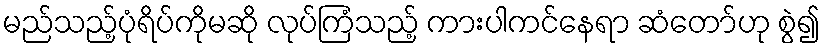
မည်သည့်ပုံရိပ်ကိုမဆို လုပ်ကြံသည့် ကားပါကင်နေရာ ဆံတော်ဟု စွဲ၍